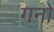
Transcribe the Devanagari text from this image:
गनो